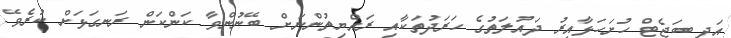
އަދި ބަޖެޓް ހުށަހަޅާއިރު ދައުލަތުގެ ހަރަދުތަކާއި ރައްޔިތުންނަށް ބޭނުންވާ ކަންކަން ރަނގަޅަށް ކުރެވޭ